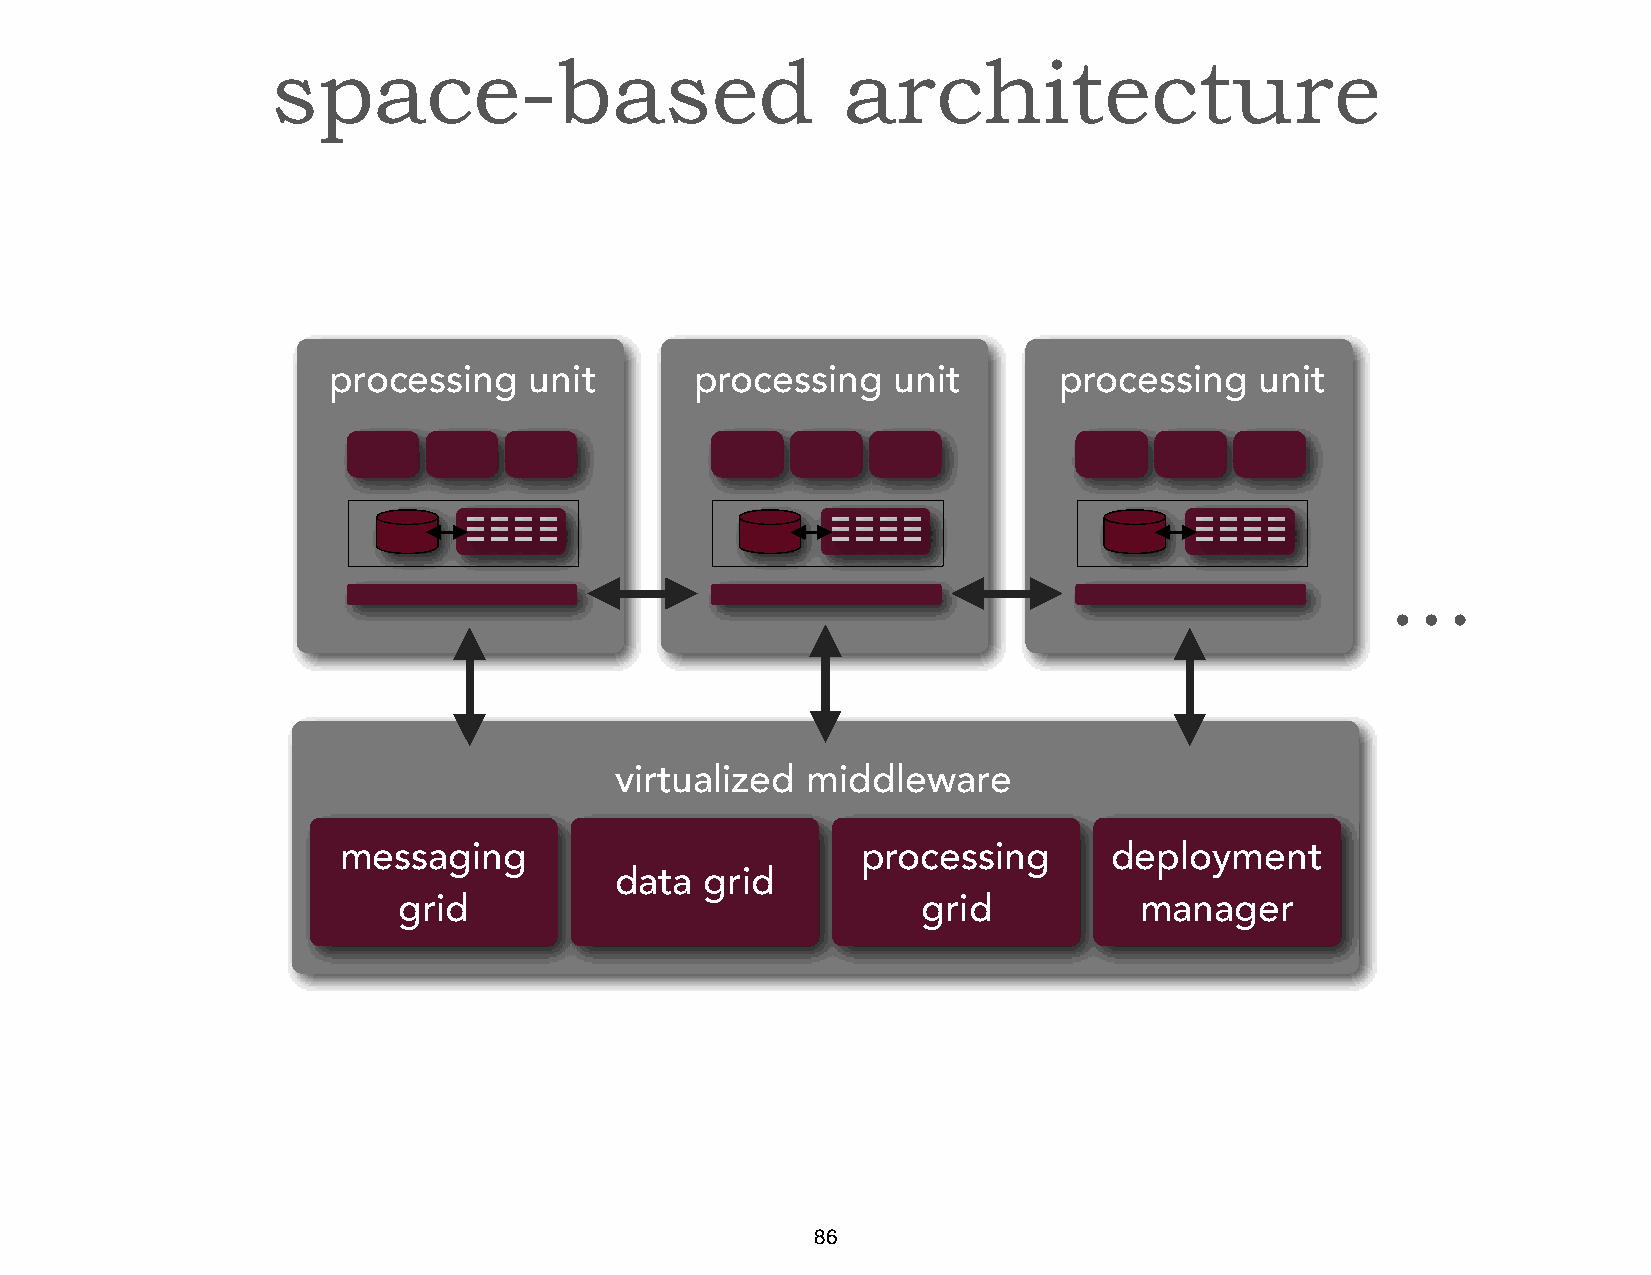
space-based                           architecture
 processing   unit       processing   unit       processing   unit
 ...
 virtualized middleware
 messaging                          processing       deployment
 data  grid
 grid                               grid          manager
 db
 86